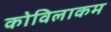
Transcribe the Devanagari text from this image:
कोविलाकम